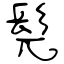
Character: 髡